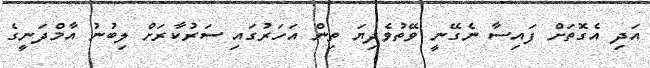
އަދި އެގޮތަށް ފައިސާ ނެގޭނީ ވޭތުވެދިޔަ ތިން އަހަރުގައި ސަރުކާރަށް ލިބުނު އާމްދަނީގެ